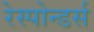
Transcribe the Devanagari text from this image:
रेस्पोन्डर्स